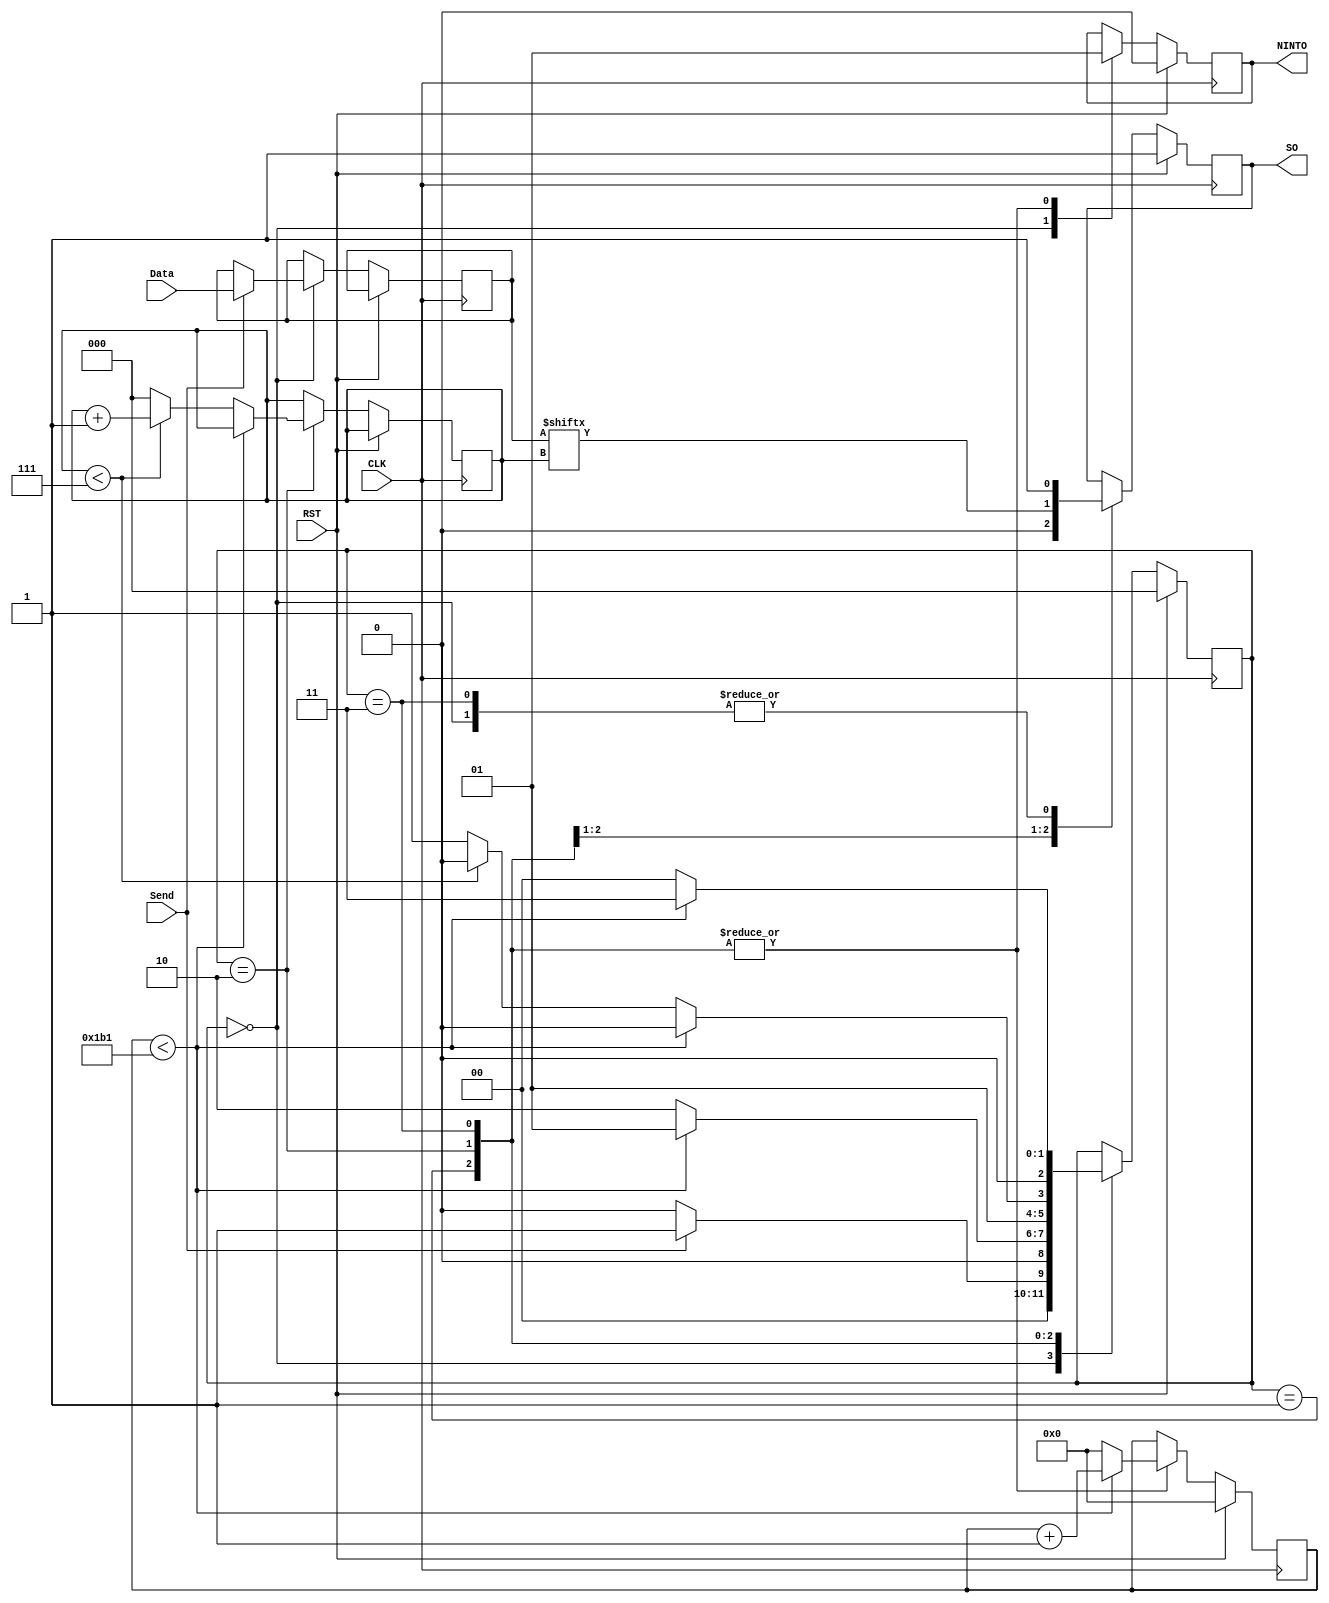
module uart_tx(CLK, RST, Send, Data, SO, NINTO); 
input  CLK, RST, Send;
input [7:0]Data;
output reg SO, NINTO; // reg -> saving data 

parameter IDLE = 3'b000;
parameter START_BIT = 3'b001; 
parameter TRANS_BIT = 3'b010;
parameter STOP_BIT = 3'b011; 

parameter CLK_FREQ = 50000000;
parameter BAUD_RATE = 115200;

localparam CLKS_FOR_SEND = CLK_FREQ / BAUD_RATE;

reg [2:0]state = 0; 
reg [7:0]One_Byte = 0; // register for save data from input 
reg [2:0]Bit_Index = 0; 
reg [$clog2(CLKS_FOR_SEND)-1:0] tx_clk_count=0;

always @(posedge CLK)
 begin 
  if (RST) 
    begin 
	   state <= IDLE;
		SO <= 1'b1;
		NINTO <= 1'b0;
		tx_clk_count <= 0;
	 end
  else 
   begin 
	 case (state)
	  IDLE: // IDLE
	    begin 
		  SO <= 1'b1;
		  NINTO <= 1'b0;
		 
		 
		  if (Send) 
		   begin 
				One_Byte <= Data;
				state <= START_BIT; 
				end
	     else 
		   begin 
		    state <= IDLE; 
	      end	
	   end 
		
		
	  START_BIT: // Send out the start bit ("0"), NINTO becomes high.  
	    begin 
		  SO <= 1'b0;
		  NINTO <= 1'b1;	
	
	
		  //change for UART here
		  if(tx_clk_count < CLKS_FOR_SEND-1)
				begin
				tx_clk_count<=tx_clk_count+1;
				state <= START_BIT;
				end
			else
				begin
				tx_clk_count <=0;
				state <= TRANS_BIT; 
				end
	    end 	
		 
		 
	  TRANS_BIT: // Transmission: sending 8 bits data
	    begin 
		  NINTO <= 1'b1;
		  SO <= One_Byte[Bit_Index]; // Bit_Index = (0 - 7) 000 to 111
		 //change for UART here
		 if(tx_clk_count < CLKS_FOR_SEND -1)
				begin
				tx_clk_count<=tx_clk_count+1;
				state <= TRANS_BIT;
				end
		else
		begin
		tx_clk_count <=0;

		  //sending 8 bits
		  if (Bit_Index < 7) 
		   begin
		    Bit_Index = Bit_Index + 1;
			 state <= TRANS_BIT; 
	      end 	
		  else 
		   begin 
			 Bit_Index = 0; 
			 state <= STOP_BIT; 
			end 
		  end 
		 
		end
	  STOP_BIT: // sending stop bit ("1") 
	   begin 
		 SO <= 1'b1; 
		 NINTO <= 1'b1;
		if(tx_clk_count < CLKS_FOR_SEND -1)
				begin
				tx_clk_count<=tx_clk_count+1;
				state <= STOP_BIT;
				end
			else
				begin
				tx_clk_count <=0; 
				state <= IDLE; 
				end
		end 
	
	 endcase 
  end 
 end 
endmodule